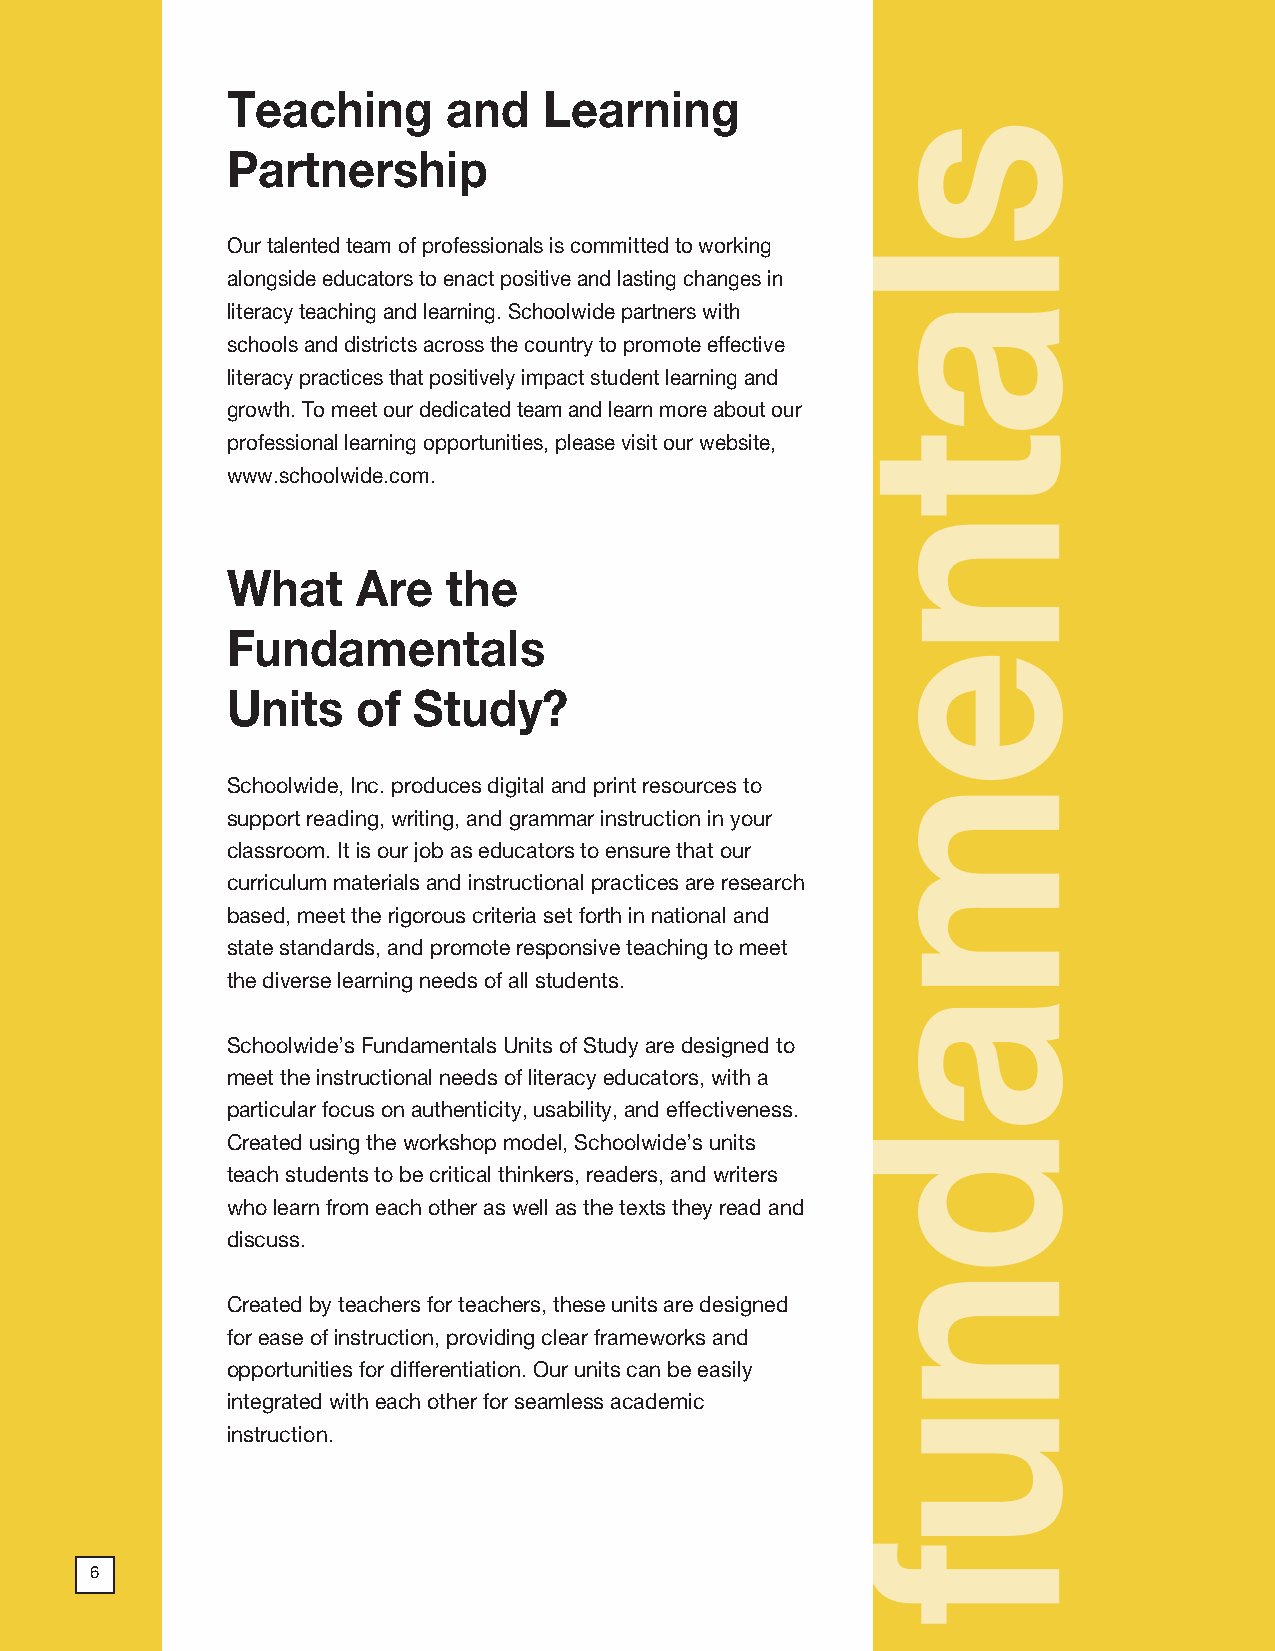
2018 ProdSamp_Layout 1 7/28/17 12:02 PM Page 5
 Teaching       and   Learning
 Partnership
 Our talented team of professionals is committed to working
 alongside educators to enact positive and lasting changes in
 literacy teaching and learning. Schoolwide partners with
 schools and districts across the country to promote effective
 literacy practices that positively impact student learning and
 growth. To meet our dedicated team and learn more about our
 professional learning opportunities, please visit our website,
 www.schoolwide.com.
 What     Are   the
 Fundamentals
 Units    of Study?
 Schoolwide, Inc. produces digital and print resources to
 support reading, writing, and grammar instruction in your
 classroom. It is our job as educators to ensure that our
 curriculum materials and instructional practices are research
 based, meet the rigorous criteria set forth in national and
 state standards, and promote responsive teaching to meet
 the diverse learning needs of all students.
 Schoolwide’s Fundamentals Units of Study are designed to
 meet the instructional needs of literacy educators, with a
 particular focus on authenticity, usability, and effectiveness.
 Created using the workshop model, Schoolwide’s units
 teach students to be critical thinkers, readers, and writers
 who learn from each other as well as the texts they read and
 discuss.
 Created by teachers for teachers, these units are designed
 for ease of instruction, providing clear frameworks and
 opportunities for differentiation. Our units can be easily
 integrated with each other for seamless academic
 instruction.
 66
 SCHOOLWIDE